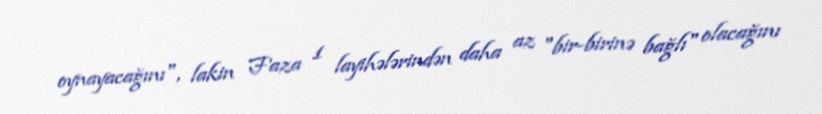
oynayacağını", lakin Faza 1 layihələrindən daha az "bir-birinə bağlı" olacağını